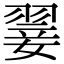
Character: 翣